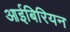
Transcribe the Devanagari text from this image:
आईबिरियन